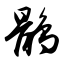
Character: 鹘